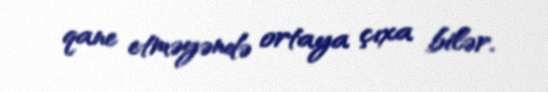
qane etməyəndə ortaya çıxa bilər.